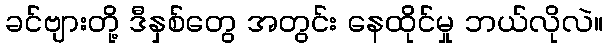
ခင်ဗျားတို့ ဒီနှစ်တွေ အတွင်း နေထိုင်မှု ဘယ်လိုလဲ။